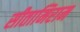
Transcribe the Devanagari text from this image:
सीतामिराम